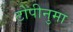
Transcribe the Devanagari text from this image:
टोपीनुमा